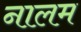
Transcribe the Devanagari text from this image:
नालम